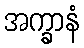
အက္ခာနံ